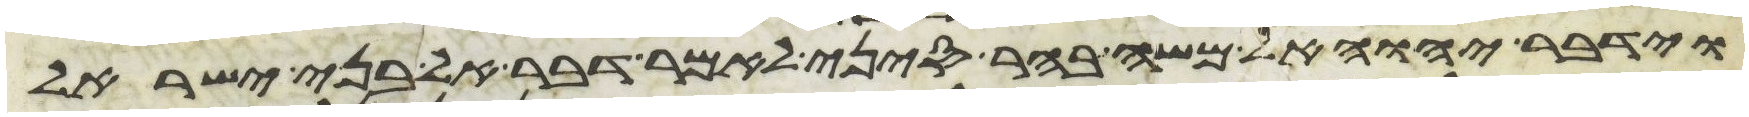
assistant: וידבר יהוה אל משה בהר סיני לאמר דבר אל בני ישראל